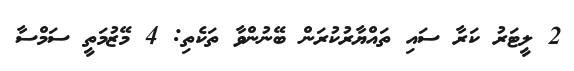
2 ލީޓަރު ކަރާ ސައި ތައްޔާރުކުރަން ބޭނުންވާ ތަކެތި: 4 މޭޒުމަތީ ސަމްސާ